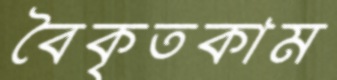
বৈকৃতকাম